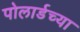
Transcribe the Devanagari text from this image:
पोलार्डच्या